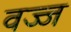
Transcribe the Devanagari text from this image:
वज्ज